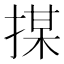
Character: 𢱖